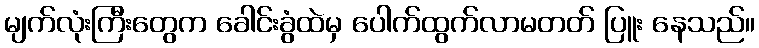
မျက်လုံးကြီးတွေက ခေါင်းခွံထဲမှ ပေါက်ထွက်လာမတတ် ပြူး နေသည်။